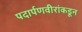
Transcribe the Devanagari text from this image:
पदार्पणवीरांकडून